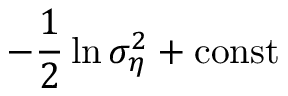
- \frac { 1 } { 2 } \ln \sigma _ { \eta } ^ { 2 } + \mathrm { c o n s t }